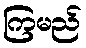
ကြမည်